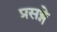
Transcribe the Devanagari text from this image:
प्रसङ्गे